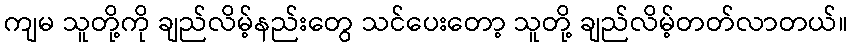
ကျမ သူတို့ကို ချည်လိမ့်နည်းတွေ သင်ပေးတော့ သူတို့ ချည်လိမ့်တတ်လာတယ်။